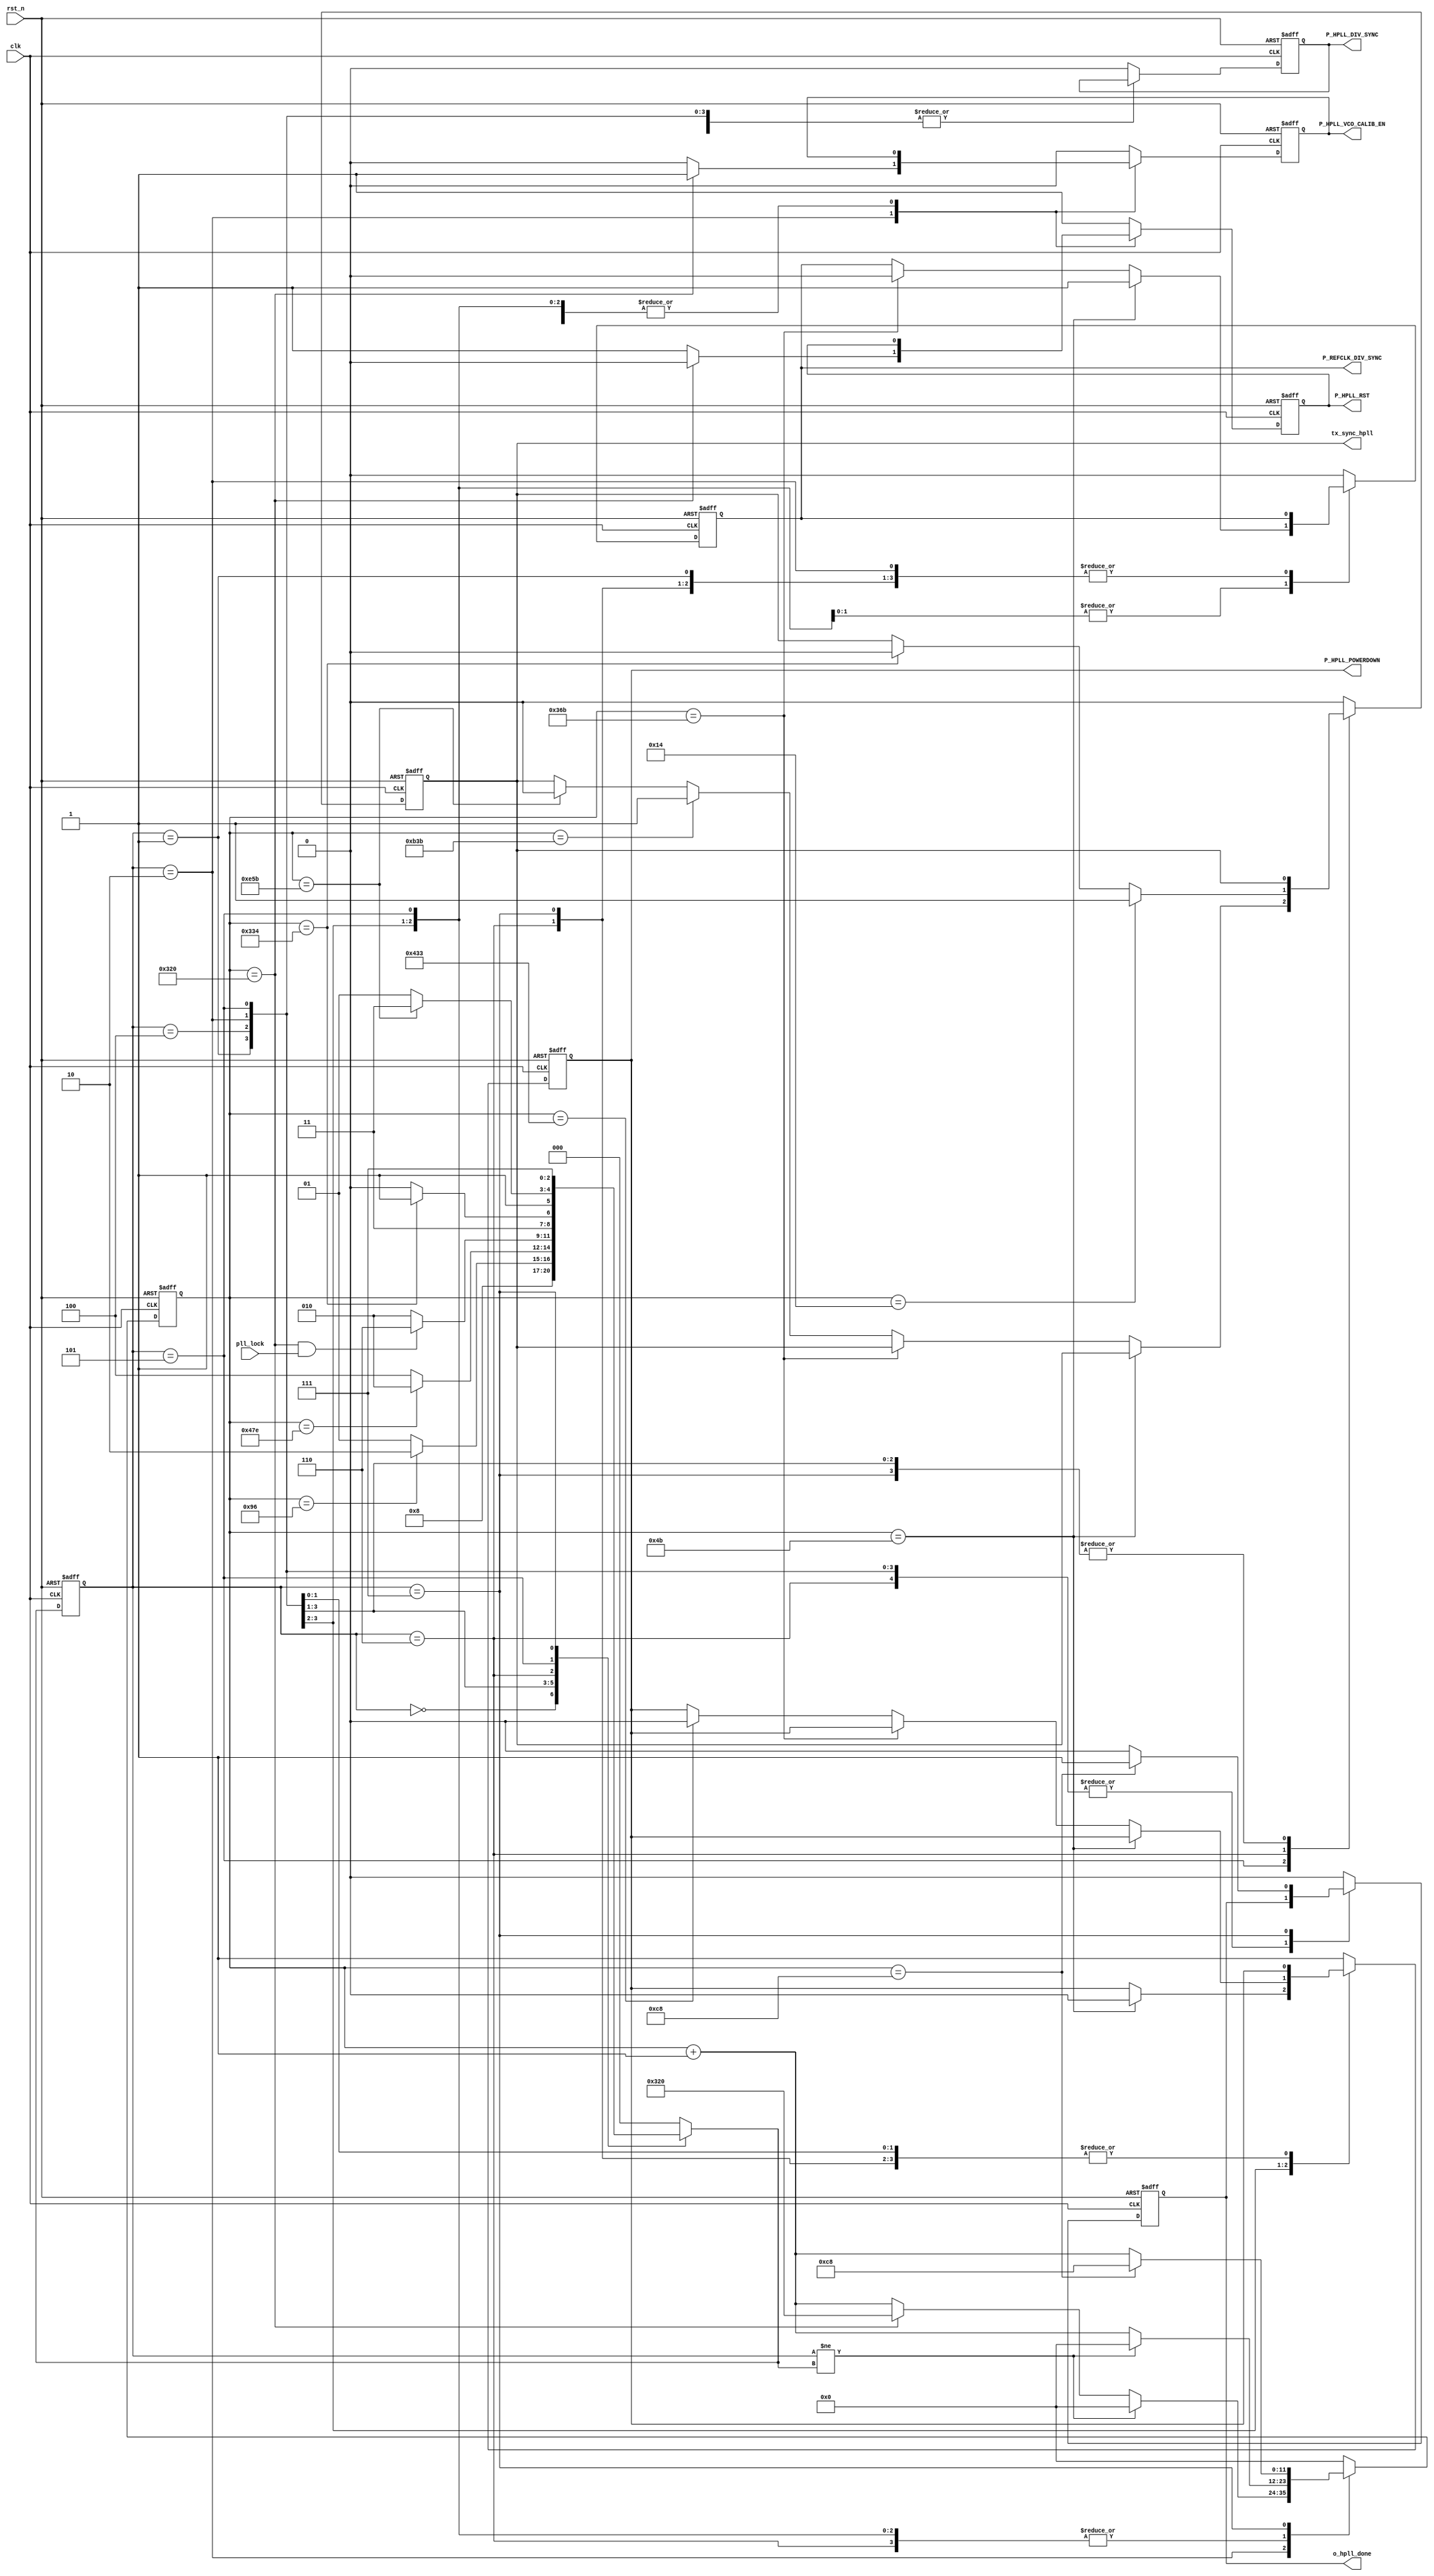
///////////////////////////////////////////////////////////////////////////////
//
// Copyright (c) 2019 PANGO MICROSYSTEMS, INC
// ALL RIGHTS REVERVED.
//
// THE SOURCE CODE CONTAINED HEREIN IS PROPRIETARY TO PANGO MICROSYSTEMS, INC.
// IT SHALL NOT BE REPRODUCED OR DISCLOSED IN WHOLE OR IN PART OR USED BY
// PARTIES WITHOUT WRITTEN AUTHORIZATION FROM THE OWNER.
//
////////////////////////////////////////////////////////////////////////////////
//
// Library:
// Filename:
////////////////////////////////////////////////////////////////////////////////
`timescale 1ns/1ps
module  ipm2t_hssthp_hpll_rst_fsm_v1_3#(
    parameter FREE_CLOCK_FREQ    = 100   ,//unit is MHz, free clock  freq from GUI
    parameter SINGLEHPLL_BONDING = "TRUE",
    parameter MULTHPLL_BONDING   = "TRUE"
)(
    // Reset and Clock
    input  wire                   clk                 ,
    input  wire                   rst_n               ,
    // HSST Reset Control Signal
    input  wire                   pll_lock            ,
    output reg                    P_HPLL_POWERDOWN    ,
    output reg                    P_HPLL_RST          ,
    output reg                    P_HPLL_VCO_CALIB_EN ,
    output reg                    P_REFCLK_DIV_SYNC   ,
    output reg                    P_HPLL_DIV_SYNC     ,
    output reg                    tx_sync_hpll        ,
    output reg                    o_hpll_done   
);

localparam         CNTR_WIDTH                = 12;
localparam integer COM_POUP_CNTR_VALUE       = 0.75*FREE_CLOCK_FREQ;
localparam integer PLL_POUP_CNTR_VALUE       = 1.5*FREE_CLOCK_FREQ;
localparam integer REF_SYNC_CNTR_VALUE       = 8.75*FREE_CLOCK_FREQ;
localparam integer MULTHPLL_PD_CNTR_VALUE    = 10.75*FREE_CLOCK_FREQ;
localparam integer REF_SYNC_RST_CNTR_VALUE   = 11.5*FREE_CLOCK_FREQ;
localparam integer HPLL_RST_CNTR_VALUE       = 2*(4*FREE_CLOCK_FREQ);//add 50 percent margin
localparam integer SYNC_WAIT_CNTR_VALUE      = 2*(0.1*FREE_CLOCK_FREQ);//add 50 percent margin
localparam integer SYNC_SINGLE_CNTR_VALUE    = 2*(4.1*FREE_CLOCK_FREQ);//add 50 percent margin
localparam integer DIV_SYNC_WAIT_CNTR_VALUE  = 0.75*FREE_CLOCK_FREQ;
localparam integer DIV_SYNC_CNTR_VALUE       = 8.75*FREE_CLOCK_FREQ;//add 50 percent margin
localparam integer TX_SYNC_WAIT_CNTR_VALUE   = 28.75*FREE_CLOCK_FREQ;
//localparam integer TX_SYNC_WAIT_CNTR_VALUE   = 2*(4*FREE_CLOCK_FREQ);//add 50 percent margin
localparam integer SIGNGLE_TX_SYNC_CNTR_VALUE= 2*(4.1*FREE_CLOCK_FREQ);//add 50 percent margin
localparam integer MULT_TX_SYNC_CNTR_VALUE   = 36.75*FREE_CLOCK_FREQ;//add 50 percent margin
localparam integer HPLL_DONE_CNTR_VALUE      = 2*(1*FREE_CLOCK_FREQ);//add 50 percent margin

localparam HPLL_IDLE        = 3'd0;
localparam POWERUP          = 3'd1;
localparam HPLL_RST         = 3'd2;
localparam MULT_BONDING     = 3'd4;
localparam MULTQUAD_BONDING = 3'd5;
localparam SINGLE_BONDING   = 3'd6;
localparam PLL_DONE         = 3'd7;

//****************************************************************************//
//                      Internal Signal                                       //
//****************************************************************************//
reg     [CNTR_WIDTH-1 : 0] cntr     ;
reg     [2            : 0] hpll_fsm  ;
reg     [2            : 0] next_state ;
//****************************************************************************//
//                      Sequential and Logic                                  //
//****************************************************************************//
always @(posedge clk or negedge rst_n) begin
    if(!rst_n) begin
        hpll_fsm     <=   HPLL_IDLE   ;
    end
    else begin
        hpll_fsm     <=   next_state ;
    end
end

always @ (*) begin
    case(hpll_fsm)
        HPLL_IDLE    :    begin
            if(MULTHPLL_BONDING == "TRUE") begin
                next_state  =  MULT_BONDING ;
            end
            else begin
                  next_state  =  POWERUP   ;
            end
        end
        POWERUP     :    begin
            if(cntr ==  PLL_POUP_CNTR_VALUE)   begin
                next_state  =  HPLL_RST  ;
            end
            else begin
                next_state  =  POWERUP   ;
            end
        end
        MULT_BONDING     :    begin
            if(cntr ==  REF_SYNC_RST_CNTR_VALUE)   begin
                next_state  =  HPLL_RST  ;
            end
            else begin
                next_state  =  MULT_BONDING   ;
            end
        end
        HPLL_RST    :    begin
            if(cntr ==  HPLL_RST_CNTR_VALUE && pll_lock && SINGLEHPLL_BONDING == "TRUE")   begin
                next_state  =  SINGLE_BONDING  ;
            end
            else if(cntr ==  HPLL_RST_CNTR_VALUE && pll_lock && MULTHPLL_BONDING == "TRUE") begin
                next_state  =  MULTQUAD_BONDING;
            end
            else if(cntr == HPLL_RST_CNTR_VALUE &&pll_lock&&SINGLEHPLL_BONDING == "FALSE"&&MULTHPLL_BONDING == "FALSE") begin
                next_state  =  PLL_DONE        ;
            end
            else    begin
                next_state  =  HPLL_RST ;
            end
        end
        SINGLE_BONDING     :    begin
            if(cntr ==  SYNC_SINGLE_CNTR_VALUE)   begin
                next_state  =  PLL_DONE  ;
            end
            else begin
                next_state  =  SINGLE_BONDING   ;
            end
        end
        MULTQUAD_BONDING     :    begin
            if(cntr ==  MULT_TX_SYNC_CNTR_VALUE)   begin
                next_state  =  PLL_DONE  ;
            end
            else begin
                next_state  =  MULTQUAD_BONDING   ;
            end
        end
        PLL_DONE    :   begin
            next_state  =   PLL_DONE    ;
        end
        default    :    begin
            next_state    =    HPLL_IDLE  ;
        end
    endcase
end
 
always @(posedge clk or negedge rst_n) begin
    if(!rst_n) begin
        cntr              <=   {CNTR_WIDTH{1'b0}} ;
        P_HPLL_POWERDOWN  <=   1'b1               ;
        P_HPLL_RST        <=   1'b1               ;
        P_HPLL_VCO_CALIB_EN <= 1'b0               ;
        P_REFCLK_DIV_SYNC <=   1'b0               ;
        P_HPLL_DIV_SYNC   <=   1'b0               ;
        tx_sync_hpll      <=   1'b0               ;
        o_hpll_done        <=   1'b0               ;
    end
    else  begin
        case(hpll_fsm)
            HPLL_IDLE    :    begin
                    cntr              <=   {CNTR_WIDTH{1'b0}} ;
                    P_HPLL_POWERDOWN  <=   1'b1               ;
                    P_HPLL_RST        <=   1'b1               ;
                    P_HPLL_VCO_CALIB_EN <= 1'b0               ;
                    P_REFCLK_DIV_SYNC <=   1'b0               ;
                    P_HPLL_DIV_SYNC   <=   1'b0               ;
                    tx_sync_hpll      <=   1'b0               ;
                    o_hpll_done       <=   1'b0               ;
                end
            POWERUP     :    begin
                if(hpll_fsm != next_state)    begin
                    cntr              <=   {CNTR_WIDTH{1'b0}}    ;
                end
                else    begin
                    cntr              <=   cntr + {{CNTR_WIDTH-1{1'b0}},{1'b1}} ;
                end
                if(cntr == COM_POUP_CNTR_VALUE)     begin
                    P_HPLL_POWERDOWN  <=   1'b0               ;
                end
            end
            MULT_BONDING    :    begin
                if(hpll_fsm != next_state)   begin
                    cntr              <=   {CNTR_WIDTH{1'b0}}    ;
                end
                else    begin
                    cntr              <=   cntr + {{CNTR_WIDTH-1{1'b0}},{1'b1}} ;
                end
                if(cntr ==  COM_POUP_CNTR_VALUE)    begin
                    P_REFCLK_DIV_SYNC <=   1'b1               ;
                end
                else if(cntr==REF_SYNC_CNTR_VALUE)   begin
                   P_REFCLK_DIV_SYNC <=   1'b0               ;
                end
                else if(cntr==MULTHPLL_PD_CNTR_VALUE)   begin
                    P_HPLL_POWERDOWN  <= 1'b0                 ;
                end
            end
            HPLL_RST     :    begin
                if(hpll_fsm != next_state)    begin
                    cntr              <=   {CNTR_WIDTH{1'b0}}    ; 
                end
                else if(cntr==HPLL_RST_CNTR_VALUE)  begin
                    cntr              <= HPLL_RST_CNTR_VALUE     ;
                end
                else
                    cntr              <=   cntr + {{CNTR_WIDTH-1{1'b0}},{1'b1}} ;
                if (cntr==HPLL_RST_CNTR_VALUE)   begin
                    P_HPLL_RST        <=   1'b0                  ;
                    P_HPLL_VCO_CALIB_EN <= 1'b1                  ;
                end
                else    begin
                    P_HPLL_RST        <=   1'b1                  ;
                    P_HPLL_VCO_CALIB_EN <= 1'b0                  ;
                end
            end
            MULTQUAD_BONDING     :    begin
                if(hpll_fsm != next_state)    begin
                    cntr              <=   {CNTR_WIDTH{1'b0}}    ;
                end
                else    begin
                    cntr              <=   cntr + {{CNTR_WIDTH-1{1'b0}},{1'b1}} ;
                end
                if (cntr==DIV_SYNC_WAIT_CNTR_VALUE)  begin
                    P_REFCLK_DIV_SYNC        <=   1'b1                  ;
                end
                else if (cntr==DIV_SYNC_CNTR_VALUE)  begin
                    P_REFCLK_DIV_SYNC        <=   1'b0                  ;
                end
                else if (cntr==TX_SYNC_WAIT_CNTR_VALUE)  begin
                    tx_sync_hpll      <=   1'b1               ;
                end
                else if (cntr==MULT_TX_SYNC_CNTR_VALUE)  begin
                    tx_sync_hpll      <=   1'b0               ;
                end
            end
            SINGLE_BONDING     :    begin
                if(hpll_fsm != next_state)    begin
                    cntr              <=   {CNTR_WIDTH{1'b0}}    ; 
                end
                else    begin
                    cntr              <=   cntr + {{CNTR_WIDTH-1{1'b0}},{1'b1}} ;
                end
                if (cntr==SYNC_WAIT_CNTR_VALUE)   begin
                   tx_sync_hpll      <=   1'b1               ;    
                end
                else if (cntr==SYNC_SINGLE_CNTR_VALUE)   begin
                   tx_sync_hpll      <=   1'b0               ;    
                end
            end
            PLL_DONE :  begin
                if (cntr==HPLL_DONE_CNTR_VALUE) begin
                    cntr        <= HPLL_DONE_CNTR_VALUE ;
                    o_hpll_done <= 1'b1 ;
                end
                else    begin 
                    cntr              <=   cntr + {{CNTR_WIDTH-1{1'b0}},{1'b1}} ;
                    o_hpll_done <= 1'b0 ;
                end
            end
            default:    begin
                cntr              <=   {CNTR_WIDTH{1'b0}} ;
                P_HPLL_POWERDOWN  <=   1'b1               ;
                P_HPLL_RST        <=   1'b1               ;
                P_HPLL_VCO_CALIB_EN <= 1'b0               ;
                P_REFCLK_DIV_SYNC <=   1'b0               ;
                P_HPLL_DIV_SYNC   <=   1'b0               ;
                tx_sync_hpll      <=   1'b0               ;
                o_hpll_done       <=   1'b0               ;
            end
        endcase
    end
end

endmodule